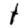
Digit: 1